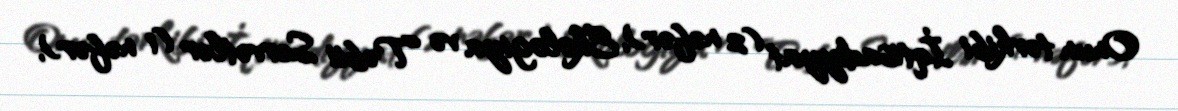
Onun tərkibi İqtisadiyyat (2 nəfər), Ekologiya və Təbii Sərvətlər (1 nəfər),